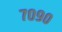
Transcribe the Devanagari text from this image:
७०९०